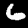
Digit: 6